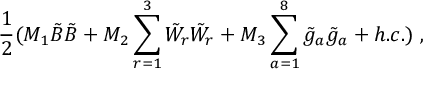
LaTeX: \frac { 1 } { 2 } ( M _ { 1 } \tilde { B } \tilde { B } + M _ { 2 } \sum _ { r = 1 } ^ { 3 } \tilde { W } _ { r } \tilde { W } _ { r } + M _ { 3 } \sum _ { a = 1 } ^ { 8 } \tilde { g } _ { a } \tilde { g } _ { a } + h . c . ) ~ ,